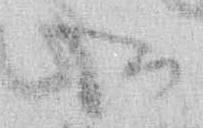
御